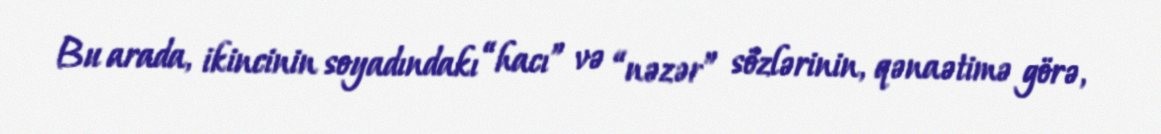
Bu arada, ikincinin soyadındakı “hacı” və “nəzər” sözlərinin, qənaətimə görə,